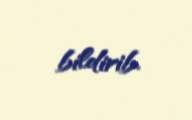
bildirib.